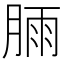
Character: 𣍾